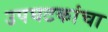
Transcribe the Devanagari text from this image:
उपघटकांचा